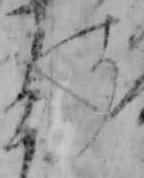
す